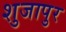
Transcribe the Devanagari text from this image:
शुजापुर